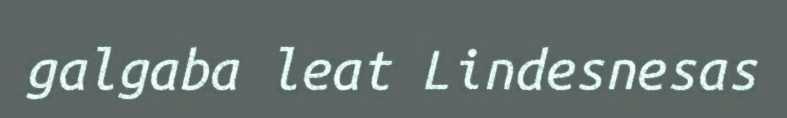
galgaba leat Lindesnesas